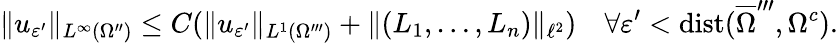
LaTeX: \| u_{\varepsilon^{\prime}}\| _{L^{\infty}(\Omega^{\prime\prime})}\leq C(\| u_{\varepsilon^{\prime}}\| _{L^{1}(\Omega^{\prime\prime\prime})}+\| (L_{1},\ldots,L_{n})\| _{\ell^{2}})\quad\forall\varepsilon^{\prime}<\operatorname{dist}(\overline{{\Omega}}^{\prime\prime\prime},\Omega^{c}).